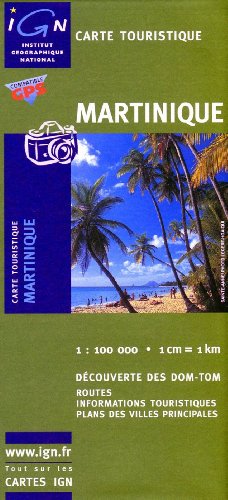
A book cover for Martinique (Caribbean) 1:100,000 Travel Map IGN; IGN France; Travel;